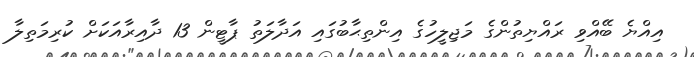
އިއްޔެ ބޭއްވި ރައްޔިތުންގެ މަޖިލީހުގެ އިންތިޙާބުގައި އަދާލަތު ޕާޓީން 13 ދާއިރާއަކަށް ކުރިމަތިލާ